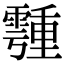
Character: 𩅞